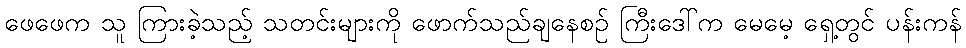
ဖေဖေက သူ ကြားခဲ့သည့် သတင်းများကို ဖောက်သည်ချနေစဉ် ကြီးဒေါ်က မေမေ့ ရှေ့တွင် ပန်းကန်